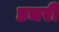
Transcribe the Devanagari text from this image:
डचरी